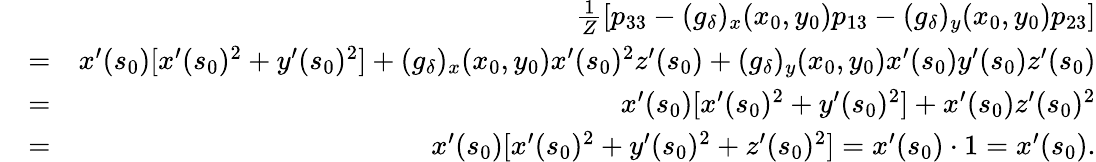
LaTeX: \begin{array}{rlr}&{}&{\frac{1}{Z}\left[p_{33}-(g_{\delta})_{x}(x_{0},y_{0})p_{13}-(g_{\delta})_{y}(x_{0},y_{0})p_{23}\right]}\\ &{=}&{x^{\prime}(s_{0})[x^{\prime}(s_{0})^{2}+y^{\prime}(s_{0})^{2}]+(g_{\delta})_{x}(x_{0},y_{0})x^{\prime}(s_{0})^{2}z^{\prime}(s_{0})+(g_{\delta})_{y}(x_{0},y_{0})x^{\prime}(s_{0})y^{\prime}(s_{0})z^{\prime}(s_{0})}\\ &{=}&{x^{\prime}(s_{0})[x^{\prime}(s_{0})^{2}+y^{\prime}(s_{0})^{2}]+x^{\prime}(s_{0})z^{\prime}(s_{0})^{2}}\\ &{=}&{x^{\prime}(s_{0})[x^{\prime}(s_{0})^{2}+y^{\prime}(s_{0})^{2}+z^{\prime}(s_{0})^{2}]=x^{\prime}(s_{0})\cdot 1=x^{\prime}(s_{0}).}\end{array}